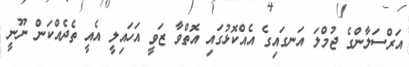
އަރްސަލާންގެ ޖުމްލަ އަނގައިގެ އެއްކޮޅުގައި އޮތްވާ ޒަވީ އަހައިލީ އެއީ ތެދެއްކަން ނޫނީ